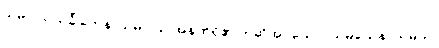
သမဝါယသင်္ခါတေန၊ သမဝါယ အနက်ရှိ၏ ဟုဆိုအပ်သော။ သမယေန၊ သမယ၊